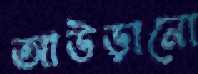
আউড়ানো